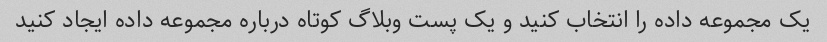
یک مجموعه داده را انتخاب کنید و یک پست وبلاگ کوتاه درباره مجموعه داده ایجاد کنید